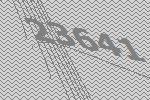
23641